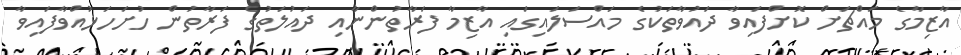
އާޒިމާގެ މައްޗަށް ކޮށްފައިވާ ދައުވާތަކުގެ މައްސަލައިގައި އާޒިމާ ފަރާތުންނާއި ދައުލަތުގެ ފަރާތުން ހުށަހަޅުއްވާފައިވާ